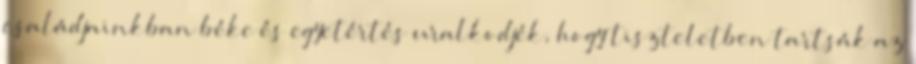
családjainkban béke és egyetértés uralkodjék, hogy tiszteletben tartsák az